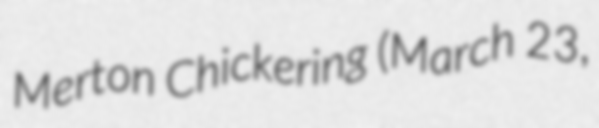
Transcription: Merton Chickering (March 23,